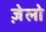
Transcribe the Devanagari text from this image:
ज़ेलो